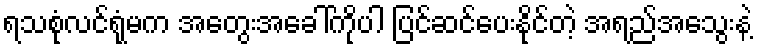
ရသစုံလင်ရုံမက အတွေးအခေါ်ကိုပါ ပြင်ဆင်ပေးနိုင်တဲ့ အရည်အသွေးနဲ့